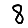
Digit: 8